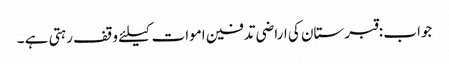
جواب :قبرستان کی اراضی تدفین اموات کیلئے وقف رہتی ہے ۔